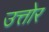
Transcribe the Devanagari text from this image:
उत्तोर